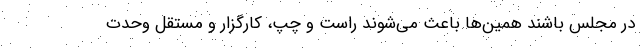
در مجلس باشند همین‌ها باعث می‌شوند راست و چپ، کارگزار و مستقل وحدت